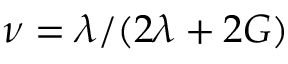
\nu = \lambda / ( 2 \lambda + 2 G )